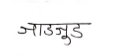
मजकूर: जाडजूड